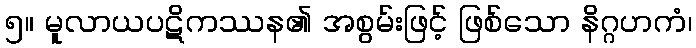
၅။ မူလာယပဋိကဿန၏ အစွမ်းဖြင့် ဖြစ်သော နိဂ္ဂဟကံ၊